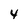
Character: 4